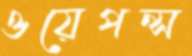
ওয়েপন্স